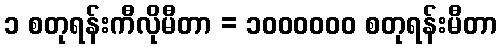
၁ စတုရန်းကီလိုမီတာ = ၁၀၀၀၀၀၀ စတုရန်းမီတာ